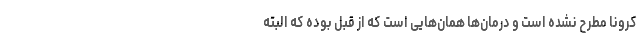
کرونا مطرح نشده است و درمان‌ها همان‌هایی است که از قبل بوده که البته